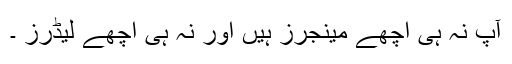
آپ نہ ہی اچھے مینجرز ہیں اور نہ ہی اچھے لیڈرز ۔